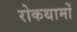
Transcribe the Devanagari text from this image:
रोकथामों